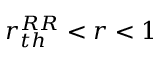
r _ { t h } ^ { R R } < r < 1